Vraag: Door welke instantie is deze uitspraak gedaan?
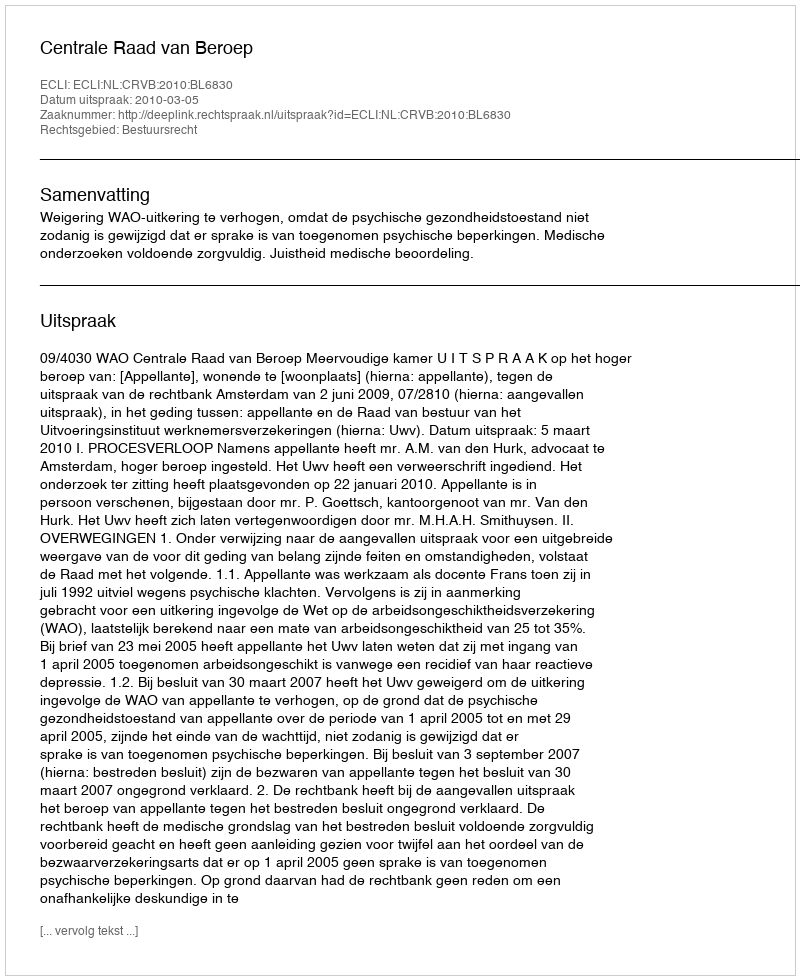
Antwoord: Centrale Raad van Beroep